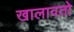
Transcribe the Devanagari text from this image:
खालावतो